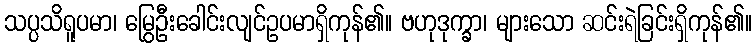
သပ္ပသိရူပမာ၊ မြွေဦးခေါင်းလျင်ဥပမာရှိကုန်၏။ ဗဟုဒုက္ခာ၊ များသော ဆင်းရဲခြင်းရှိကုန်၏။